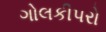
ગોલકીપરો